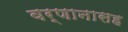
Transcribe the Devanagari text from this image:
वर्णानासह